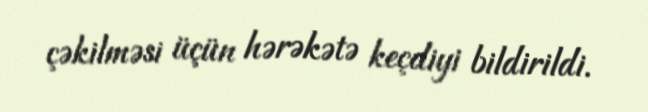
çəkilməsi üçün hərəkətə keçdiyi bildirildi.